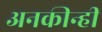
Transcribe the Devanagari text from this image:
अनकीन्‍हीं